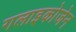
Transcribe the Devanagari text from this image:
गलाइकोजेन